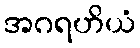
အဂရဟိယံ